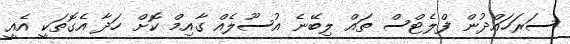
ސަރަހައްދުން ފްލެޓްސް ތައް ލިބޭނެ އުސޫލެއް ގާއިމް ކޮށް ހަދާ އެގޮތަކީ އެއީ